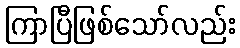
ကြာပြီဖြစ်သော်လည်း